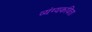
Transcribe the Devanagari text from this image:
व्यंग्यकविता